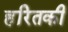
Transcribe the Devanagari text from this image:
हरितकी